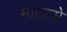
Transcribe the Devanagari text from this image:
माउत्से